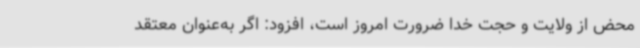
محض از ولایت و حجت خدا ضرورت امروز است، افزود: اگر به‌عنوان معتقد